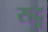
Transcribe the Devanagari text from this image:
सदृ